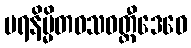
ပရနိမ္မိတဝသဝတ္တီဒေဝေ